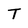
Character: T